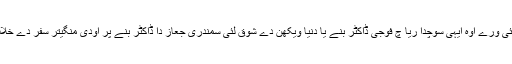
اگلے کئی ورے اوہ ایہی سوچدا ریا چ فوجی ڈاکٹر بنے یا دنیا ویکھن دے شوق لئی سمندری جعاز دا ڈاکٹر بنے پر اودی منگیتر سفر دے خلاف سی۔